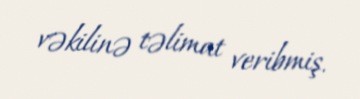
vəkilinə təlimat veribmiş.